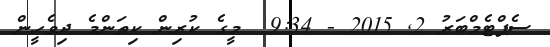
ސެޕްޓެމްބަރު 2